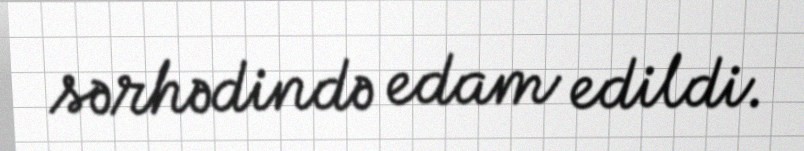
sərhədində edam edildi.